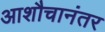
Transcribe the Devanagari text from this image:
आशौचानंतर